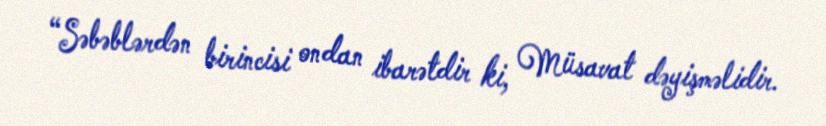
“Səbəblərdən birincisi ondan ibarətdir ki, Müsavat dəyişməlidir.